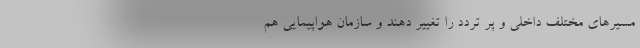
مسیرهای مختلف داخلی و پر تردد را تغییر دهند و سازمان هواپیمایی هم